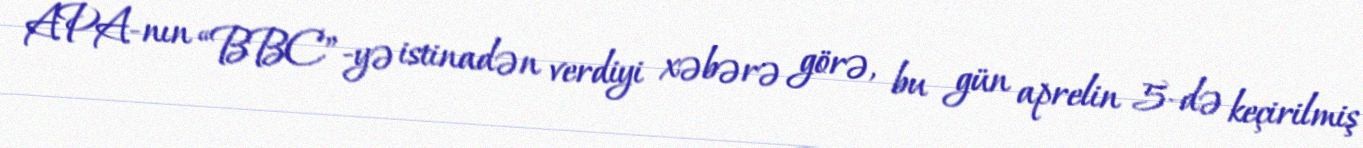
APA-nın “BBC”-yə istinadən verdiyi xəbərə görə, bu gün aprelin 5-də keçirilmiş